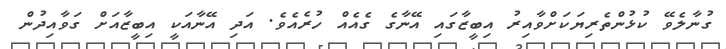
ގުނާލެވޭ ކުޅުންތެރިޔަކަށްވާއިރު އިބީޒާގައި އޭނާގެ ގެއެއް ހުރެއެވެ. އަދި އޭނާއަކީ އިބީޒާއަށް ގަވާއިދުން